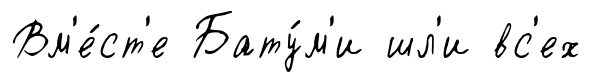
Вм'е́ст'е Бату́м'и шл'и вс'ех